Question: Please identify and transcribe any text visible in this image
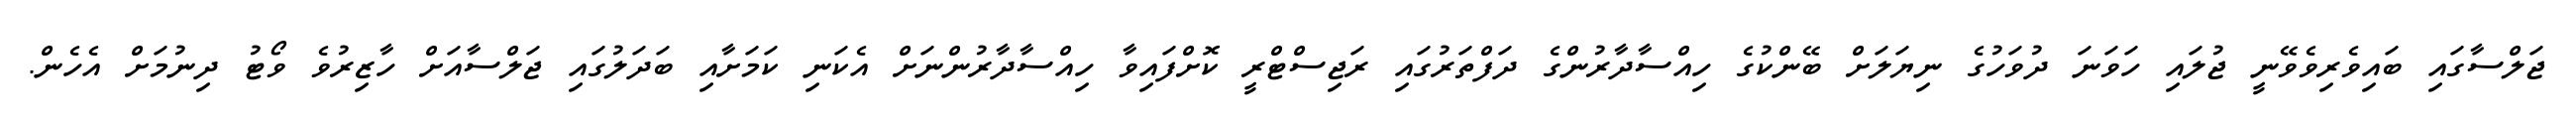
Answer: ޖަލްސާގައި ބައިވެރިވެވޭނީ ޖުލައި ހަވަނަ ދުވަހުގެ ނިޔަލަށް ބޭންކުގެ ހިއްސާދާރުންގެ ދަފްތަރުގައި ރަޖިސްޓްރީ ކޮށްފައިވާ ހިއްސާދާރުންނަށް އެކަނި ކަމަށާއި ބަދަލުގައި ޖަލްސާއަށް ހާޒިރުވެ ވޯޓު ދިނުމަށް އެހެން.